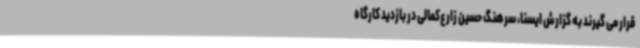
قرار می گیرند به گزارش ایسنا، سرهنگ حسین زارع‌کمالی در بازدید کارگاه